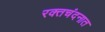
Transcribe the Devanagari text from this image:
रक्तचंदनात